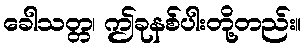
ခေါသတ္တ၊ ဤခုနစ်ပါးတို့တည်း။